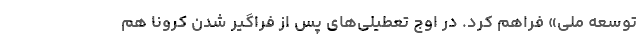
توسعه ملی» فراهم کرد. در اوج تعطیلی‌های پس از فراگیر شدن کرونا هم